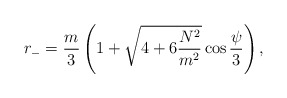
\begin{align*}r_-=\frac{m}{3}\left(1+\sqrt{4+6\frac{N^2}{m^2}}\cos\frac{\psi}{3}\right),\end{align*}